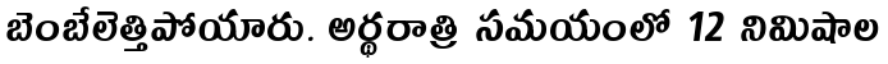
బెంబేలెత్తిపోయారు. అర్థరాత్రి సమయంలో 12 నిమిషాల